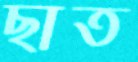
ছাত